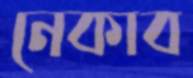
নেকাব